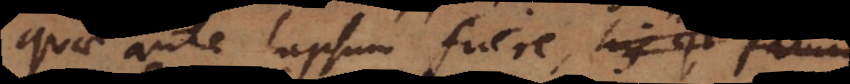
quae ante lapsum fuere,